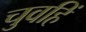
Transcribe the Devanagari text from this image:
चुवहिं